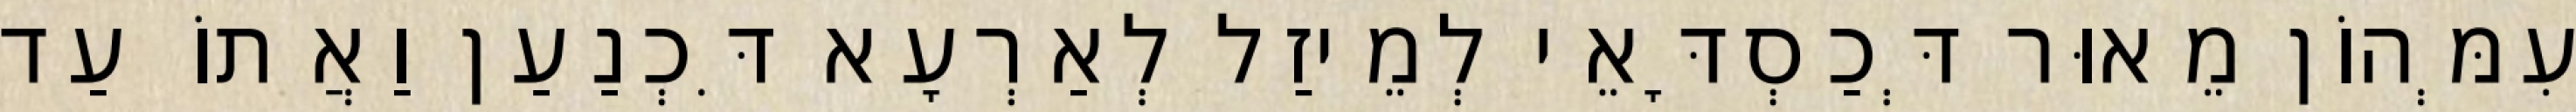
עִמְּהוֹן מֵאוּר דְּכַסְדָּאֵי לְמֵיזַל לְאַרְעָא דִּכְנַעַן וַאֲתוֹ עַד